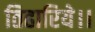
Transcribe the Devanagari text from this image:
तिहारिये।।